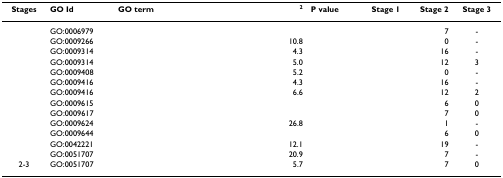
<table><thead><tr><td><b>Stages</b></td><td><b>GO Id</b></td><td><b>GO term</b></td><td><b>χ<sup>2</sup></b></td><td><b>P value</b></td><td><b>Stage 1</b></td><td><b>Stage 2</b></td><td><b>Stage 3</b></td></tr></thead><tbody><tr><td>[EMPTY_CELL]</td><td>GO:0006979</td><td>[EMPTY_CELL]</td><td>[EMPTY_CELL]</td><td>[EMPTY_CELL]</td><td>[EMPTY_CELL]</td><td>7</td><td>-</td></tr><tr><td>[EMPTY_CELL]</td><td>GO:0009266</td><td>[EMPTY_CELL]</td><td>10.8</td><td>[EMPTY_CELL]</td><td>[EMPTY_CELL]</td><td>0</td><td>-</td></tr><tr><td>[EMPTY_CELL]</td><td>GO:0009314</td><td>[EMPTY_CELL]</td><td>4.3</td><td>[EMPTY_CELL]</td><td>[EMPTY_CELL]</td><td>16</td><td>-</td></tr><tr><td>[EMPTY_CELL]</td><td>GO:0009314</td><td>[EMPTY_CELL]</td><td>5.0</td><td>[EMPTY_CELL]</td><td>[EMPTY_CELL]</td><td>12</td><td>3</td></tr><tr><td>[EMPTY_CELL]</td><td>GO:0009408</td><td>[EMPTY_CELL]</td><td>5.2</td><td>[EMPTY_CELL]</td><td>[EMPTY_CELL]</td><td>0</td><td>-</td></tr><tr><td>[EMPTY_CELL]</td><td>GO:0009416</td><td>[EMPTY_CELL]</td><td>4.3</td><td>[EMPTY_CELL]</td><td>[EMPTY_CELL]</td><td>16</td><td>-</td></tr><tr><td>[EMPTY_CELL]</td><td>GO:0009416</td><td>[EMPTY_CELL]</td><td>6.6</td><td>[EMPTY_CELL]</td><td>[EMPTY_CELL]</td><td>12</td><td>2</td></tr><tr><td>[EMPTY_CELL]</td><td>GO:0009615</td><td>[EMPTY_CELL]</td><td>[EMPTY_CELL]</td><td>[EMPTY_CELL]</td><td>[EMPTY_CELL]</td><td>6</td><td>0</td></tr><tr><td>[EMPTY_CELL]</td><td>GO:0009617</td><td>[EMPTY_CELL]</td><td>[EMPTY_CELL]</td><td>[EMPTY_CELL]</td><td>[EMPTY_CELL]</td><td>7</td><td>0</td></tr><tr><td>[EMPTY_CELL]</td><td>GO:0009624</td><td>[EMPTY_CELL]</td><td>26.8</td><td>[EMPTY_CELL]</td><td>[EMPTY_CELL]</td><td>1</td><td>-</td></tr><tr><td>[EMPTY_CELL]</td><td>GO:0009644</td><td>[EMPTY_CELL]</td><td>[EMPTY_CELL]</td><td>[EMPTY_CELL]</td><td>[EMPTY_CELL]</td><td>6</td><td>0</td></tr><tr><td>[EMPTY_CELL]</td><td>GO:0042221</td><td>[EMPTY_CELL]</td><td>12.1</td><td>[EMPTY_CELL]</td><td>[EMPTY_CELL]</td><td>19</td><td>-</td></tr><tr><td>[EMPTY_CELL]</td><td>GO:0051707</td><td>[EMPTY_CELL]</td><td>20.9</td><td>[EMPTY_CELL]</td><td>[EMPTY_CELL]</td><td>7</td><td>-</td></tr><tr><td>2-3</td><td>GO:0051707</td><td>[EMPTY_CELL]</td><td>5.7</td><td>[EMPTY_CELL]</td><td>[EMPTY_CELL]</td><td>7</td><td>0</td></tr></tbody></table>